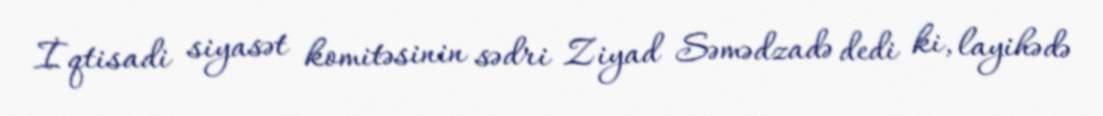
İqtisadi siyasət komitəsinin sədri Ziyad Səmədzadə dedi ki, layihədə